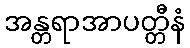
အန္တရာအာပတ္တီနံ